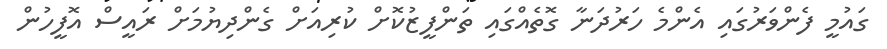
ގައުމީ ފެންވަރުގައި އެންމެ ހަރުދަނާ ގޮތެއްގައި ތަންފީޒުކޮށް ކުރިއަށް ގެންދިޔުމަށް ރައީސް އޮފީހުން